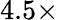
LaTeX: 4.5\times